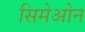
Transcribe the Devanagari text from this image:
सिमेओन